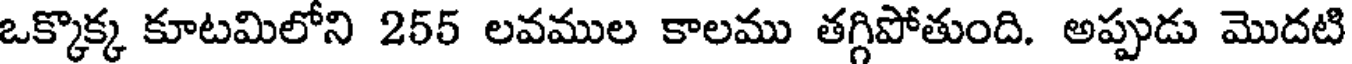
ఒక్కొక్క కూటమిలోని 255 లవముల కాలము తగ్గిపోతుంది. అప్పుడు మొదటి